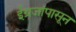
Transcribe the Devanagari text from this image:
ईंग्रजांपासून